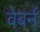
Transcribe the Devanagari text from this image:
वेबर्न